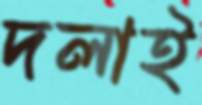
দলাই